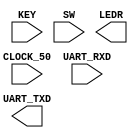
module LAB1_top(CLOCK_50, KEY, SW, UART_RXD, UART_TXD, LEDR);

input CLOCK_50;
input [0:0] KEY;		//reset key
input [3:0] SW;
output [15:0] LEDR;

input UART_RXD;
output UART_TXD;

parameter ClkFrequency = 50000000;
parameter Baud = 115200;
parameter Oversampling = 4;


////////////////////////////////
//Place your controller here
////////////////////////////////

endmodule